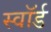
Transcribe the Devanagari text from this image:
स्‍वॉर्ड